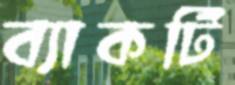
ব্যাকটি